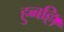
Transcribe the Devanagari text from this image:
हुब्बल्लि